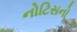
નોટિસનો